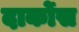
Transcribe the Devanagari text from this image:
दार्कोस